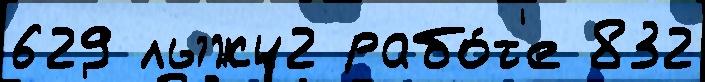
629 лыжи2 рабо́т'е 832